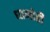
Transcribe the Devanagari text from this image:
धामोरी